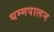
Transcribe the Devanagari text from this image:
धम्मपालन